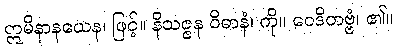
ဣမိနာနယေန၊ ဖြင့်။ နိသဇ္ဇန ဝိဓာနံ၊ ကို။ ဝေဒိတဗ္ဗံ၊ ၏။